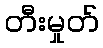
တီးမှုတ်